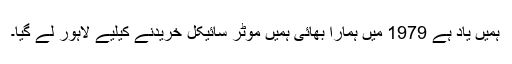
ہمیں یاد ہے 1979 میں ہمارا بھائی ہمیں موٹر سائیکل خریدنے کیلیے لاہور لے گیا۔